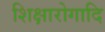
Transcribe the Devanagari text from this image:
शिक्षारोगादि